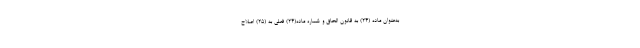
به‌عنوان ماده (۲۴) به قانون الحاق و شماره ماده(۲۴) فعلی به (۲۵) اصلاح